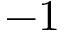
- 1